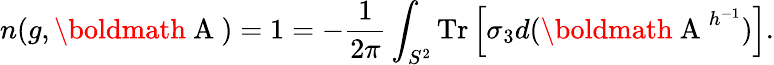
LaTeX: n(g,\mathrm{\boldmath~A~})=1=-\frac{1}{2\pi}\int_{S^{2}}\mathrm{Tr}\left[\sigma_{3}d(\mathrm{\boldmath~A~}^{h^{-1}})\right].